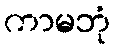
ကာမဘုံ